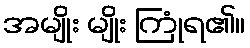
အမျိုး မျိုး ကြုံရ၏။